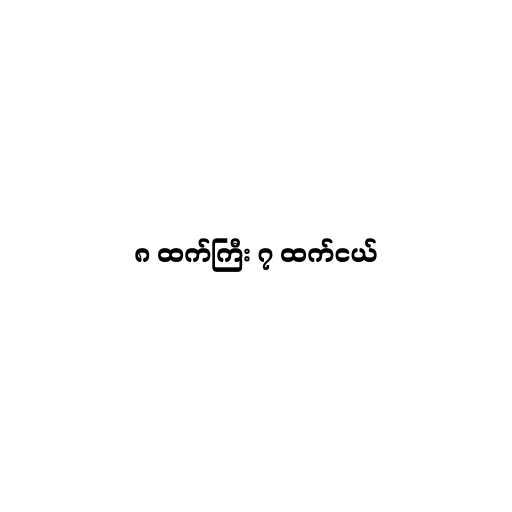
၈ ထက်ကြီး ၇ ထက်ငယ်